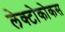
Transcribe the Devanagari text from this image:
लेक्टोकोकस